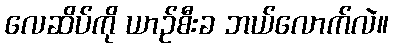
လေဆိပ်ကို ယာဉ်စီးခ ဘယ်လောက်လဲ။